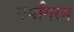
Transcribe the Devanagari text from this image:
गर्मागरम